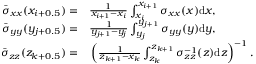
\begin{array} { r l } { \bar { \sigma } _ { x x } ( x _ { i + 0 . 5 } ) = } & { { } \frac { 1 } { x _ { i + 1 } - x _ { i } } \int _ { x _ { i } } ^ { x _ { i + 1 } } \sigma _ { x x } ( x ) \mathrm { d } x , } \\ { \bar { \sigma } _ { y y } ( y _ { j + 0 . 5 } ) = } & { { } \frac { 1 } { y _ { j + 1 } - y _ { j } } \int _ { y _ { j } } ^ { y _ { j + 1 } } \sigma _ { y y } ( y ) \mathrm { d } y , } \\ { \bar { \sigma } _ { z z } ( z _ { k + 0 . 5 } ) = } & { { } \left( \frac { 1 } { z _ { k + 1 } - x _ { k } } \int _ { z _ { k } } ^ { z _ { k + 1 } } \sigma _ { z z } ^ { - 1 } ( z ) \mathrm { d } z \right) ^ { - 1 } . } \end{array}